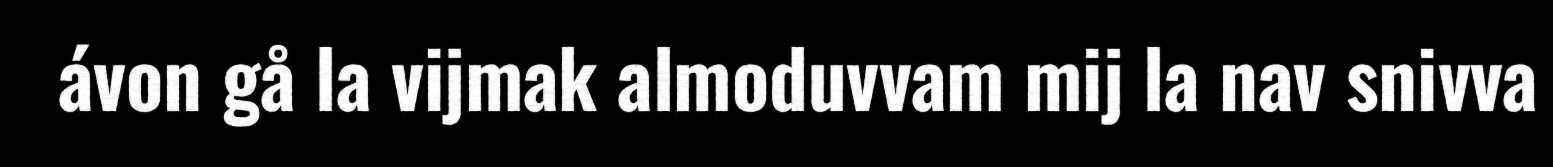
ávon gå la vijmak almoduvvam mij la nav snivva